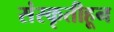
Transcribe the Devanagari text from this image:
संस्कृतीहून